Civil Veterinary Dept. Assam report 1911-1927 - 1911-1927
Year: 1911
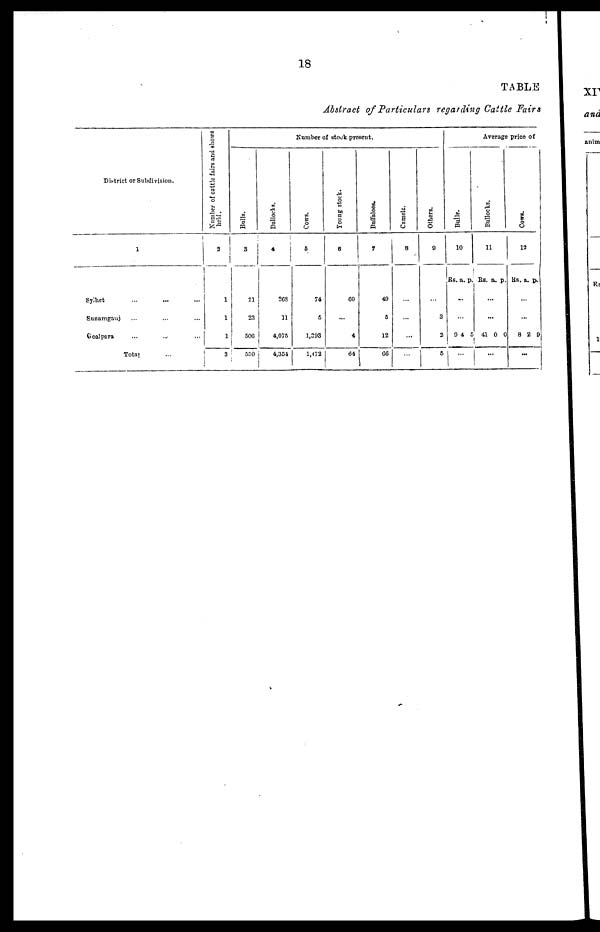
18
TABLE
Abstract of Particulars regarding Cattle Fairs
District or Subdivision.
1
Sylhet ... ... ...
Sunamgauj ... ... ...
Goalpara ... ... ...
Total ...
Number of cattle fairs and shows
held.
3
1
1
1
3
Bulls.
3
21
23
506
550
Bullocks.
4
268
11
4,075
4,354
Number of stock present.
Cows.
5
74
5
1,393
1,472
Young stock.
6
60
...
4
64
Buffaloes.
7
49
5
12
66
Camels.
8
...
...
...
...
1
Others.
9
...
3
2
5
Bulls.
10
Rs. a. p.
...
...
9 4 5
...
Average price of
Bullocks.
11
Rs. a. p.
...
...
41 0 0
...
C0Ws.
12
Rs. a. p.
...
...
8 2 9
—